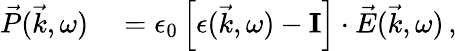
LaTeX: \begin{array}{rl}{\vec{P}(\vec{k},\omega)}&{{}=\epsilon_{0}\left[\mathbf{\epsilon}(\vec{k},\omega)-\mathbf{I}\right]\cdot\vec{E}(\vec{k},\omega)\, ,}\end{array}